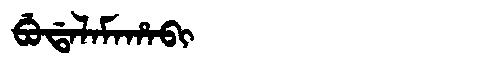
Manchu: ᠪᡠᡩᠠᠯᠠᠮᠠᡥᠠᠪᡳ
Romanization: BUDALAMAHABI